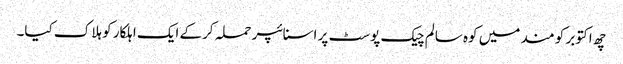
چھ اکتوبر کو مند میں کوہ سالم چیک پوسٹ پر اسنائپر حملہ کرکے ایک اہلکار کو ہلاک کیا۔